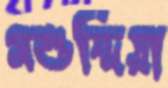
মশুন্দিয়া